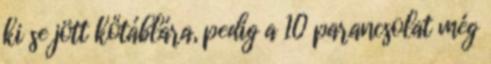
ki se jött kőtáblára, pedig a 10 parancsolat még